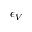
\epsilon _ { V }